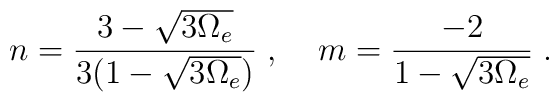
n = \frac{3 - \sqrt{3 \Omega_e}}{3 (1 - \sqrt{3 \Omega_e})} \; , \; \; \; \; m = \frac{- 2}{1 - \sqrt{3 \Omega_e}} \; .